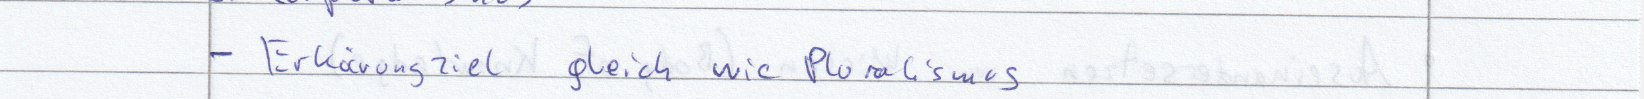
- Erklärungsziel gleich wie Pluralismus